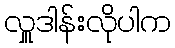
လှူဒါန်းလိုပါက